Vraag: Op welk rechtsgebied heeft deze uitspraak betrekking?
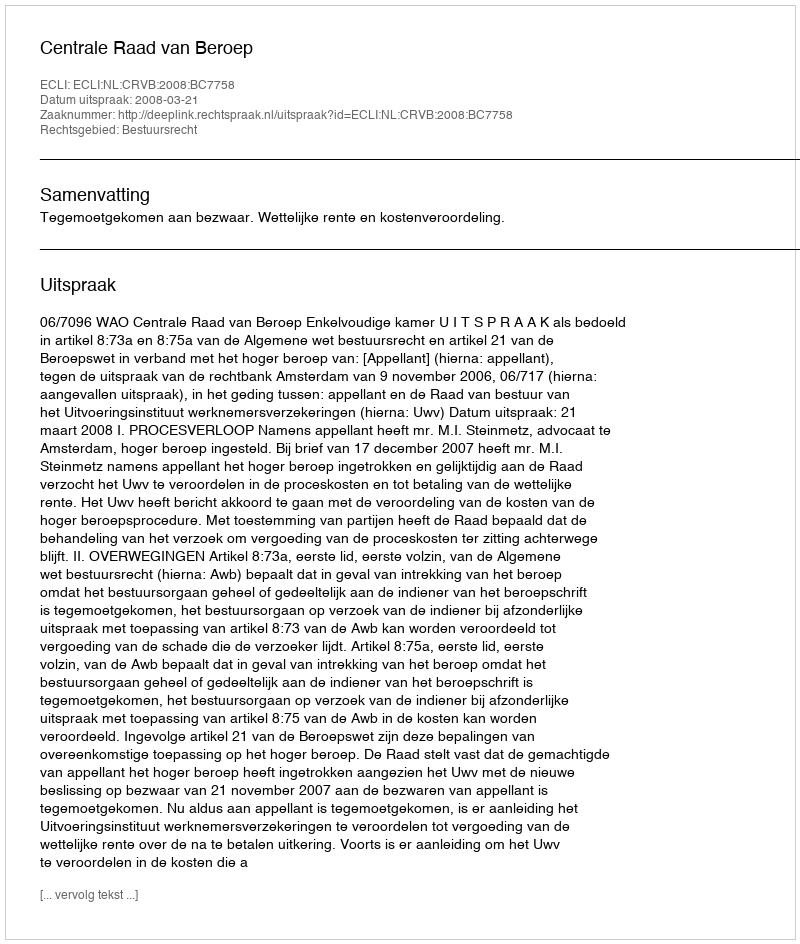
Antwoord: Bestuursrecht